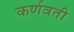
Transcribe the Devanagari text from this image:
कर्णवती